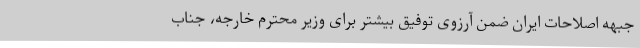
جبههٔ اصلاحات ایران ضمن آرزوی توفیق بیشتر برای وزیر محترم خارجه، جناب